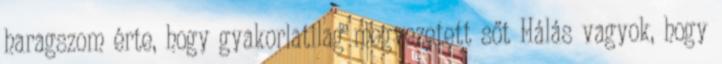
haragszom érte, hogy gyakorlatilag megvezetett sőt Hálás vagyok, hogy